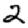
Digit: 2